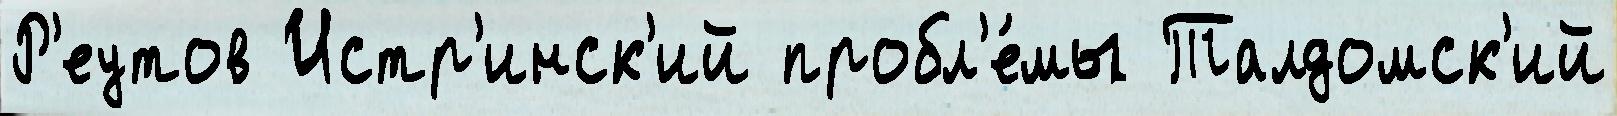
Р'еутов Истр'инск'ий пробл'е́мы Талдомск'ий